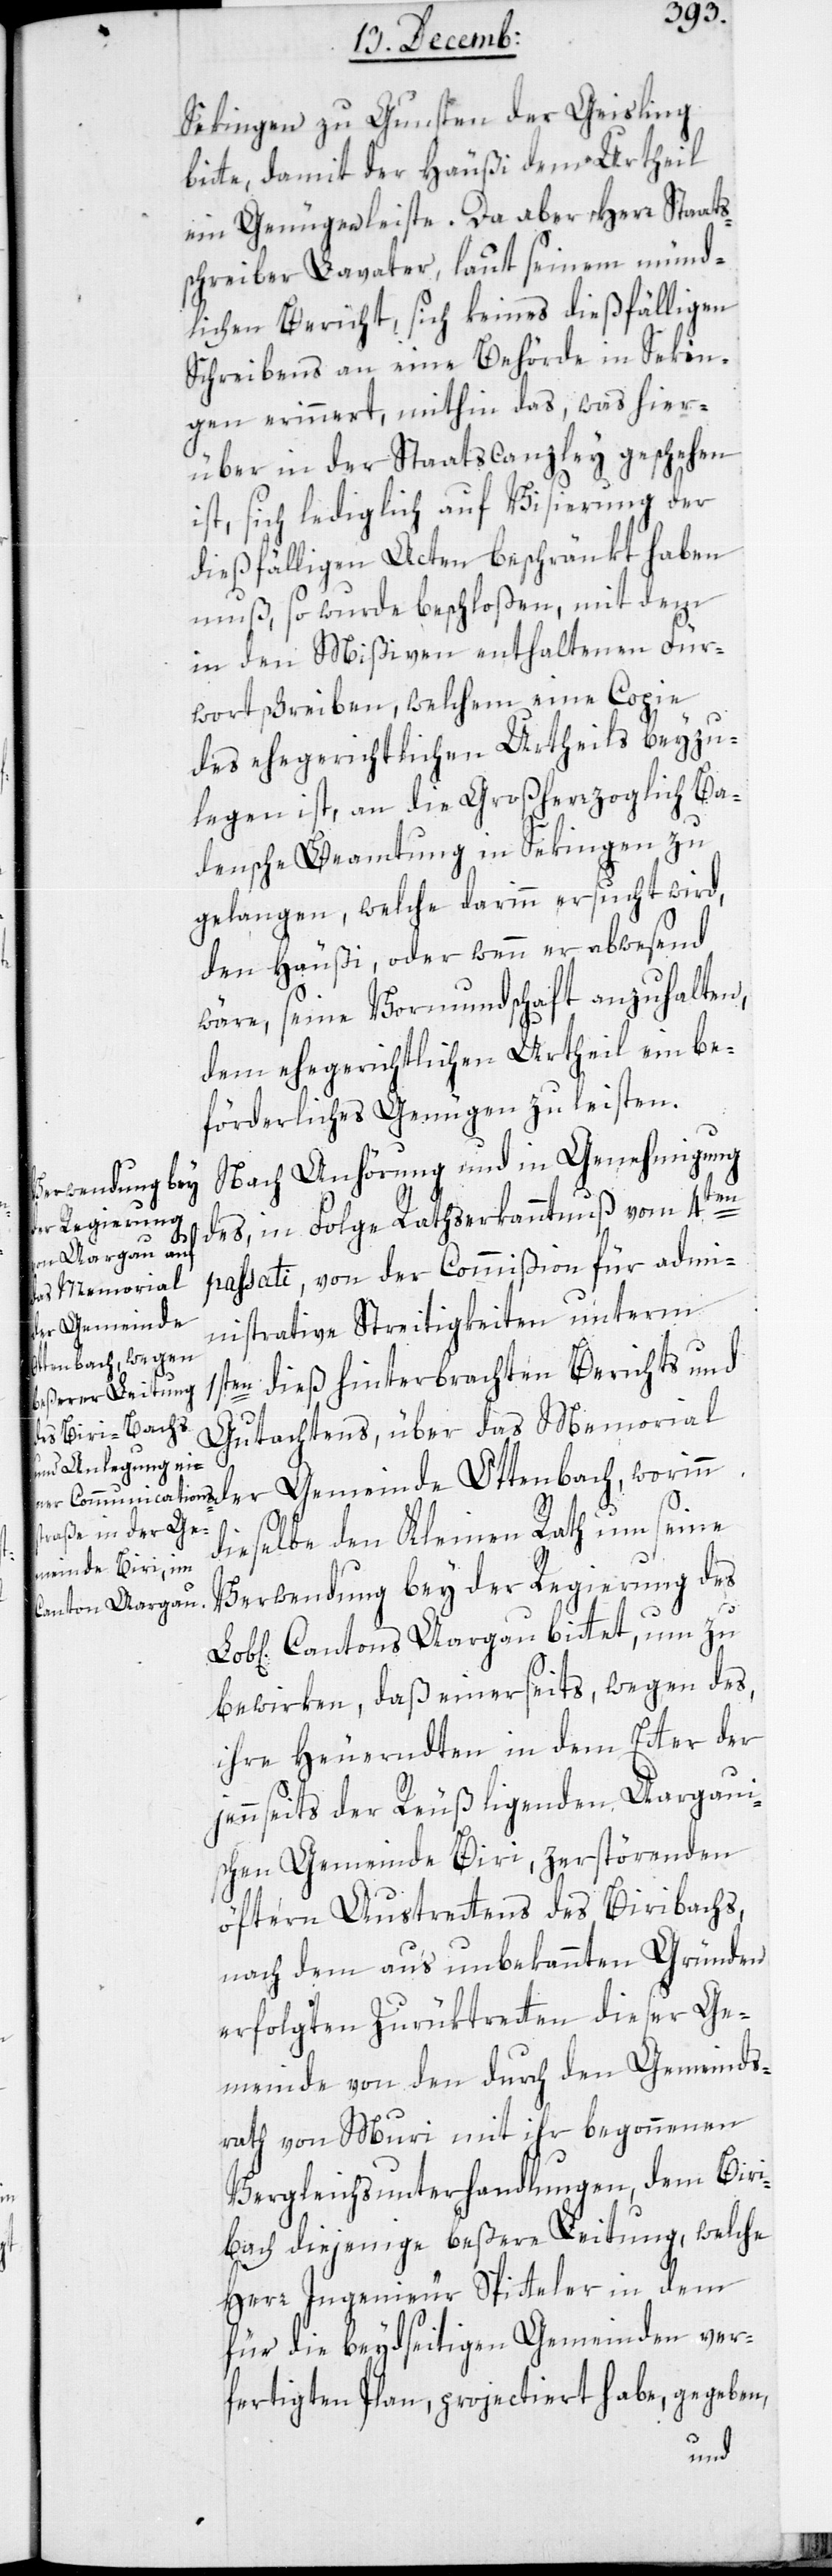
Sekingen zu Gunsten der Geisling
bitte, damit der Häußi dem Urtheil
ein Genügen leiste. Da aber Herr Staats¬
schreiber Lavater, laut seinem münd¬
lichen Bericht, sich keines dießfälligen
Schreibens an eine Behörde in Sekin¬
gen erinnert, mithin das, was hier¬
über in der Staatscanzley geschehen
ist, sich lediglich auf Visierung der
dießfälligen Acten beschränkt haben
muß, so wurde beschloßen, mit dem
in den Mißiven enthaltenen Für¬
wortschreiben, welchem eine Copie
des ehegerichtlichen Urtheils beyzu¬
legen ist, an die Großherzoglich Ba¬
densche Beamtung in Sekingen zu
gelangen, welche darinn ersucht wird,
den Häußi, oder wenn er abwesend
wäre, seine Vormundschaft anzuhalten,
dem ehergerichtlichen Urtheil ein be¬
förderliches Genügen zu leisten.
Nach Anhörung und in Genehmigung
des, in Folge Rathserkanntnuß vom 4ten
tet,
passati, von der Commißion für admi¬
nistrative Streitigkeiten unterm
der Gemeinde
Ottenbach, worinn
1sten dieß hinterbrachten Berichts und
Gutachtens, über das Memorial
dieselbe den Kleinen Rath um seine
Verwendung bey der Regierung des
Cantons Aargau
bewirken, daß einerseits wegen des,
ihre Heuernten in dem Etter der
jennseits der Reuß liegenden Aargaui¬
schen Gemeinde Biri, zerstörenden
öftern Austrettens des Biribachs,
nach dem aus unbekannten Gründen
erfolgten Zurüktretten dieser Ge¬
meinde von den durch den Gemeinds¬
rath von Muri mit ihr begonnenen
Vergleichs-Unterhandlungen, dem Bir¬
i-Bach diejenige beßere Leitung, welche
Herr Ingenieur Spitteler in dem
für die beydseitigen Gemeinden ver¬
fertigten Plan, projectiert habe, gegeben,